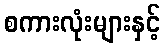
စကားလုံးများနှင့်